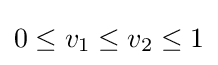
0\leq v_{1}\leq v_{2}\leq 1